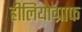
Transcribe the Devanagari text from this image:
हीलियोग्राफ